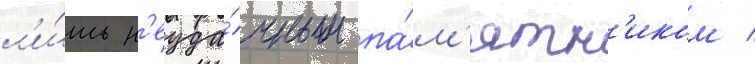
л'и́шь н'еуда́чным па́м'ятн'иком /